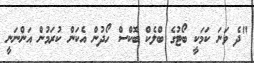
"ދެ ވަނަ ކަމަކީ ބޯޓުގެ ބްލެކް ބޮކްސް ހޯދުން އެކަން ކުރަމުން އަންނަނީ